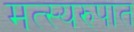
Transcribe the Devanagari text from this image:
मत्स्यरुपात